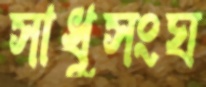
সাধুসংঘ